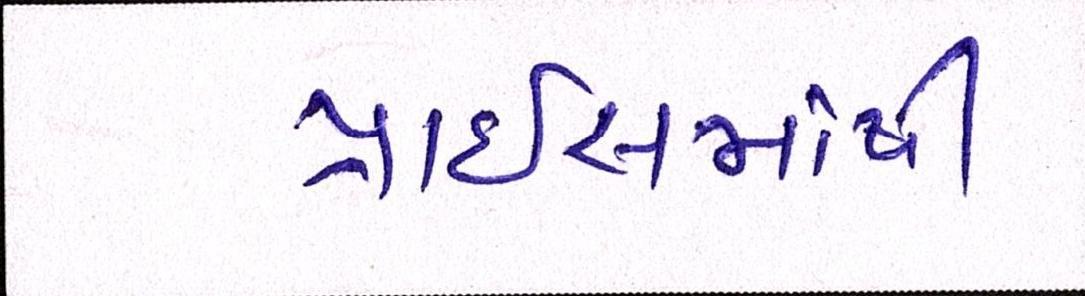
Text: પ્રાઇસમાંથી